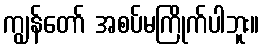
ကျွန်တော် အစပ်မကြိုက်ပါဘူး။